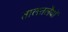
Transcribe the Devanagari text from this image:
तालतलैयों